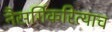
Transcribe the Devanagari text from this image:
नैसर्गिकरित्याच